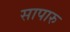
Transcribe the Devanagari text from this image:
सापारु